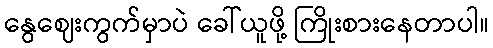
နွေဈေးကွက်မှာပဲ ခေါ်ယူဖို့ ကြိုးစားနေတာပါ။